Civil Veterinary Department. Madras. Admin. report 1926-33 - 1926-1933
Year: 1926
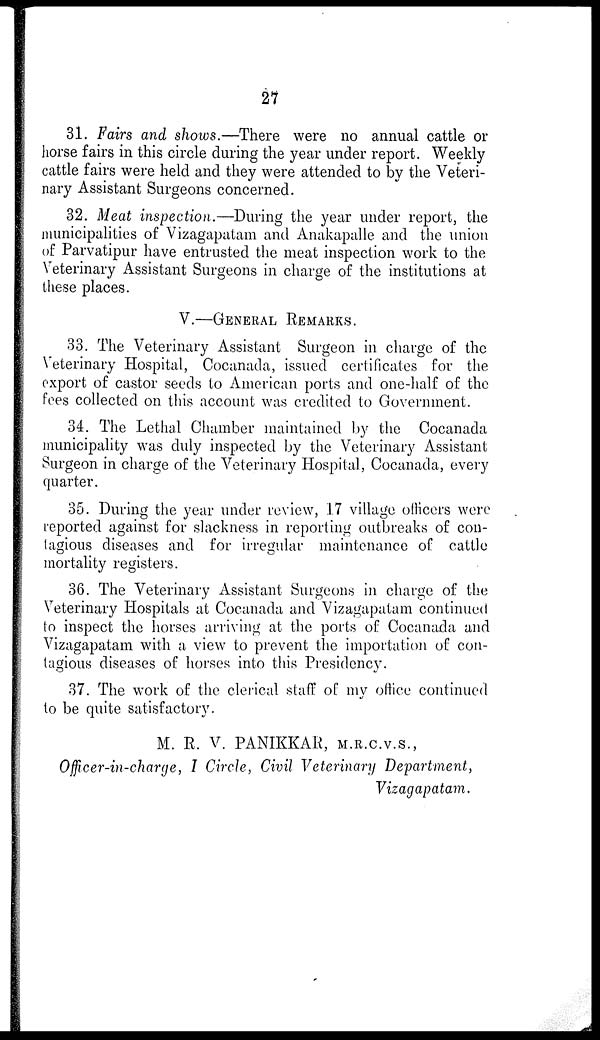
27
31. Fairs and shows.—There were no annual cattle or
horse fairs in this circle during the year under report. Weekly
cattle fairs were held and they were attended to by the Veteri-
nary Assistant Surgeons concerned.
32. Meat inspection.—During the year under report, the
municipalities of Vizagapatam and Anakapalle and the union
of Parvatipur have entrusted the meat inspection work to the
Veterinary Assistant Surgeons in charge of the institutions at
these places.
V.—GENERAL REMARKS.
33. The Veterinary Assistant Surgeon in charge of the
Veterinary Hospital, Cocanada, issued certificates for the
export of castor seeds to American ports and one-half of the
fees collected on this account was credited to Government.
34. The Lethal Chamber maintained by the Cocanada
municipality was duly inspected by the Veterinary Assistant
Surgeon in charge of the Veterinary Hospital, Cocanada, every
quarter.
35. During the year under review, 17 village officers were
reported against for slackness in reporting outbreaks of con-
tagious diseases and for irregular maintenance of cattle
mortality registers.
36. The Veterinary Assistant Surgeons in charge of the
Veterinary Hospitals at Cocanada and Vizagapatam continued
to inspect the horses arriving at the ports of Cocanada and
Vizagapatam with a view to prevent the importation of con-
tagious diseases of horses into this Presidency.
37. The work of the clerical staff of my office continued
to be quite satisfactory.
M. R. V. PANIKKAR, M.R.C.V.S.,
Officer-in-charge, I Circle, Civil Veterinary Department,
Vizagapatam.